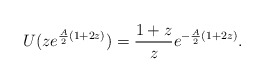
\begin{align*}U(ze^{\frac{A}{2}(1+2z)})=\frac{1+z}{z}e^{-\frac{A}{2}(1+2z)}.\end{align*}